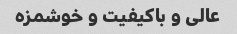
عالی و باکیفیت و خوشمزه